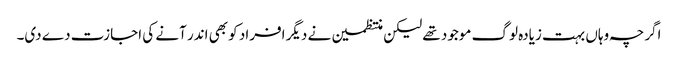
اگرچہ وہاں بہت زیادہ لوگ موجود تھے لیکن منتظمین نے دیگر افراد کو بھی اندر آنے کی اجازت دے دی۔